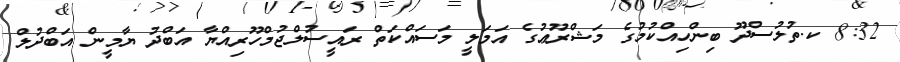
8:32 ކ.ތުލުސްދޫ ބިންހިއްކުމުގެ މަޝްރޫޢުގެ އަމަލީ މަސައްކަތް ރައީސުލްޖުމްހޫރިއްޔާ އަބްދު ޔާމީން އަބްދުލް